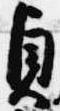
貞